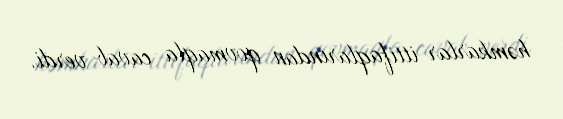
həmkarlar ittifaqlarından qovmaqla cavab verdi.